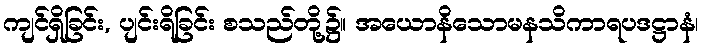
ကျင်ရှိခြင်း, ပျင်းရိခြင်း စသည်တို့၌။ အယောနိသောမနသိကာရပဒဋ္ဌာနံ၊